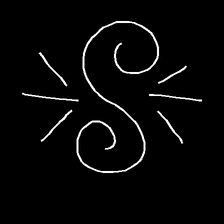
Glyph: wind-directs-air